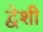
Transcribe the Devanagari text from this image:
द्वेशी